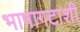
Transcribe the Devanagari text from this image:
भाषागटाशी